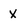
Character: x